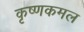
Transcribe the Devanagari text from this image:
कृष्णकमल